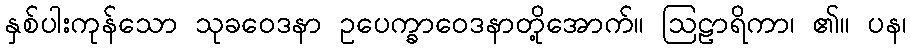
နှစ်ပါးကုန်သော သုခဝေဒနာ ဥပေက္ခာဝေဒနာတို့အောက်။ ဩဠာရိကာ၊ ၏။ ပန၊